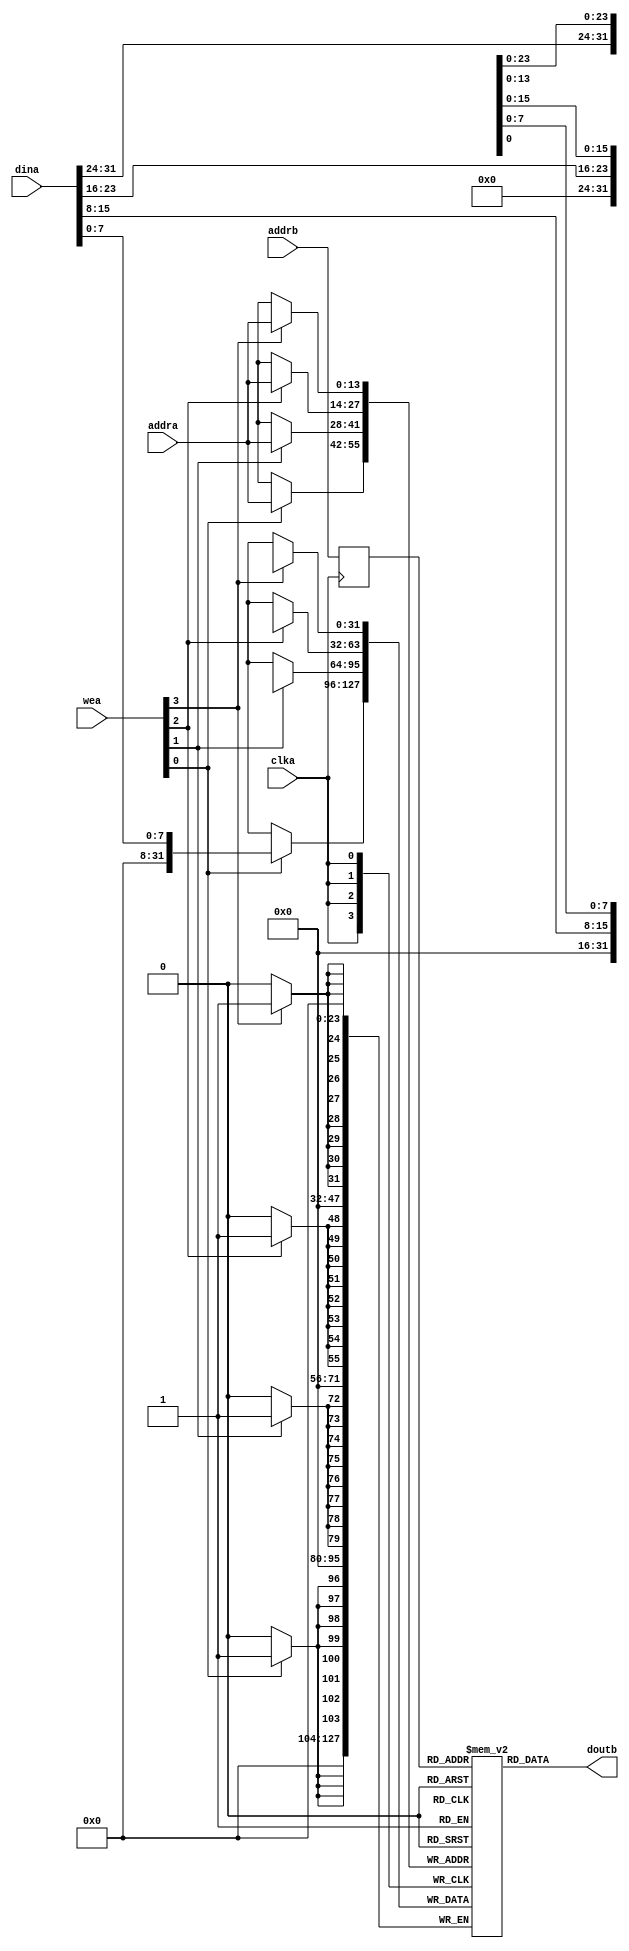
module Block_RAM #(
    parameter ADDR_WIDTH = 14)(
    input clka,
    input [ADDR_WIDTH-1:0] addra,
    input [ADDR_WIDTH-1:0] addrb,
    input [31:0] dina,
    input [3:0] wea,
    output wire [31:0] doutb
);

(* ramstyle = "AUTO" *) reg [31:0] mem [(2**ADDR_WIDTH-1):0];

always@(posedge clka) begin
    if(wea[0]) mem[addra][7:0] <= dina[7:0];
end
always@(posedge clka) begin
    if(wea[1]) mem[addra][15:8] <= dina[15:8];
end
always@(posedge clka) begin
    if(wea[2]) mem[addra][23:16] <= dina[23:16];
end
always@(posedge clka) begin
    if(wea[3]) mem[addra][31:24] <= dina[31:24];
end

reg [ADDR_WIDTH-1:0] addrb_reg;

always@(posedge clka) begin
    addrb_reg   <=  addrb;
end

assign doutb = mem[addrb_reg];

endmodule